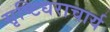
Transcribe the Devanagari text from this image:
सृष्टिधराचार्य